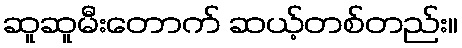
ဆူဆူမီးတောက် ဆယ့်တစ်တည်း။